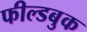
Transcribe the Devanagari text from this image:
फील्डबुक